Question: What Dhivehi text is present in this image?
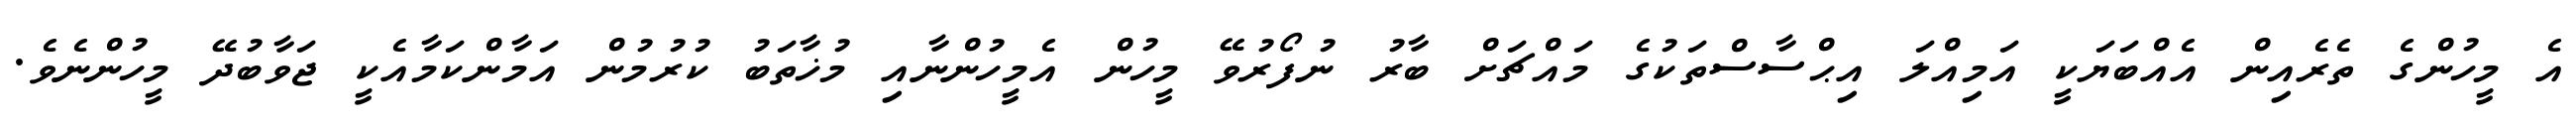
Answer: އެ މީހުންގެ ތެރެއިން އެއްބަޔަކީ އަމިއްލަ އިޙްސާސްތަކުގެ މައްޗަށް ބާރު ނުފޯރުވޭ މީހުން އެމީހުންނާއި މުޚާތަބު ކުރުމުން އަމާންކަމާއެކީ ޖަވާބުދޭ މީހުންނެވެ.